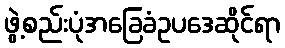
ဖွဲ့စည်းပုံအခြေခံဥပဒေဆိုင်ရာ